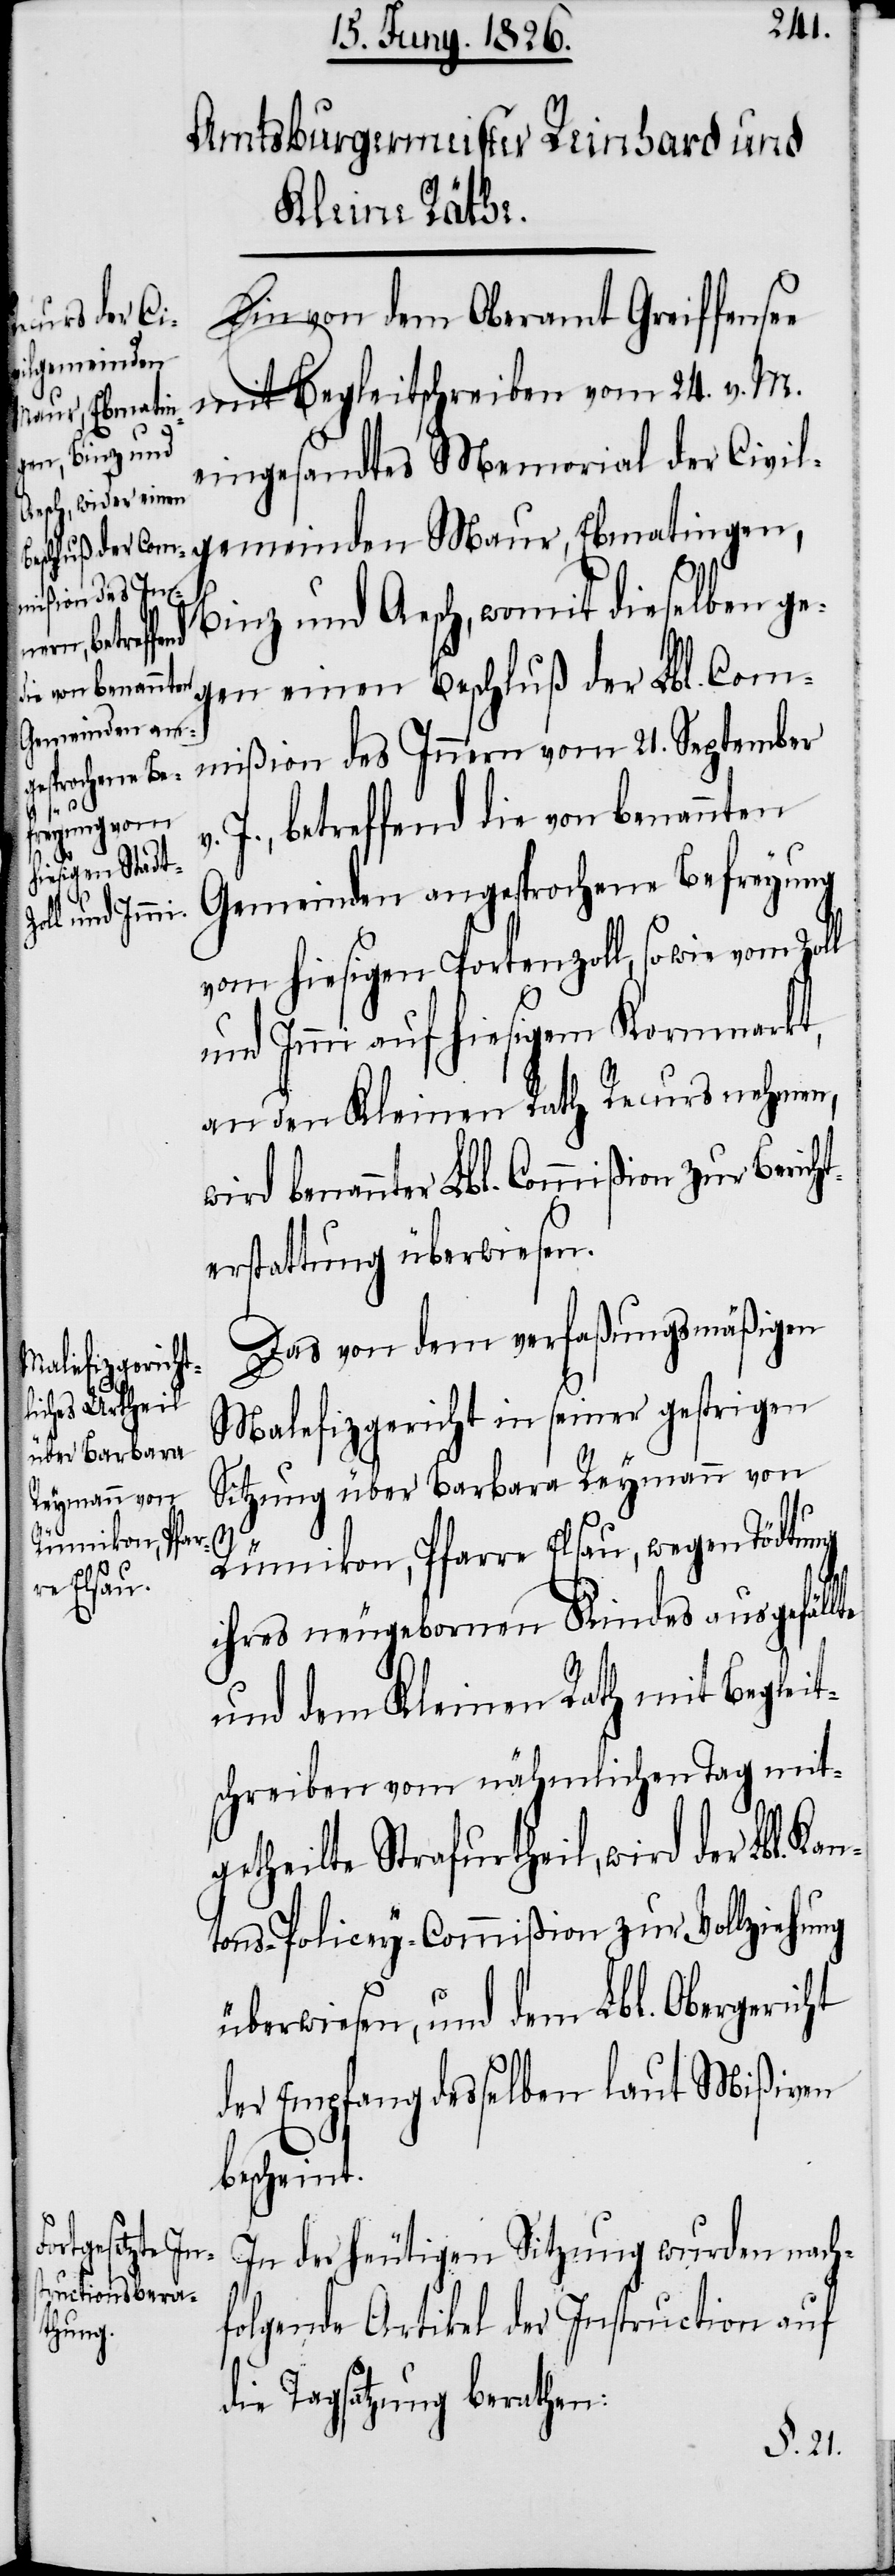
Ein von dem Oberamt Greiffensee
gemeinden
mit Begleitschreiben vom 24. v. M.
Maur, Ebmatin¬
eingesandtes Memorial der Civil¬
mißion des Inne¬
Binz und Aesch, womit dieselben ge¬
gen einen Beschluß der Lbl. Com¬
v.
J., betreffend die von benannten
Gemeinden angesprochene Befreyung
21.
vom hiesigen Portenzoll, sowie vom Zoll
und Immi auf hiesigem Kornmarkt,
an den Kleinen Rath Recurs nehmen,
wird benannter Lbl. Commißion zur Bericht¬
erstattung überwiesen.
Das von dem verfaßungsmäßigen
Malefizgericht in seiner gestrigen
Sitzung über Barbara Reymann von
te
Rümikon, Pfarre Elsau, wegen Tödtung
ihres neugebornen Kindes ausgefäll¬
und dem Kleinen Rath mit Begleit¬
schreiben vom nähmlichen Tag mit¬
getheilte Strafurtheil, wird der Lbl. Ka¬
ntons-Policey-Commißion zur Vollziehung
überwiesen, und dem Lbl. Obergericht
der Empfang desselben laut Mißiven
bescheint.
In der heutigen Sitzung wurden nach¬
folgende Artikel der Instruction auf
die Tagsatzung berathen: